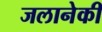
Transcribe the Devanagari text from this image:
जलानेकी